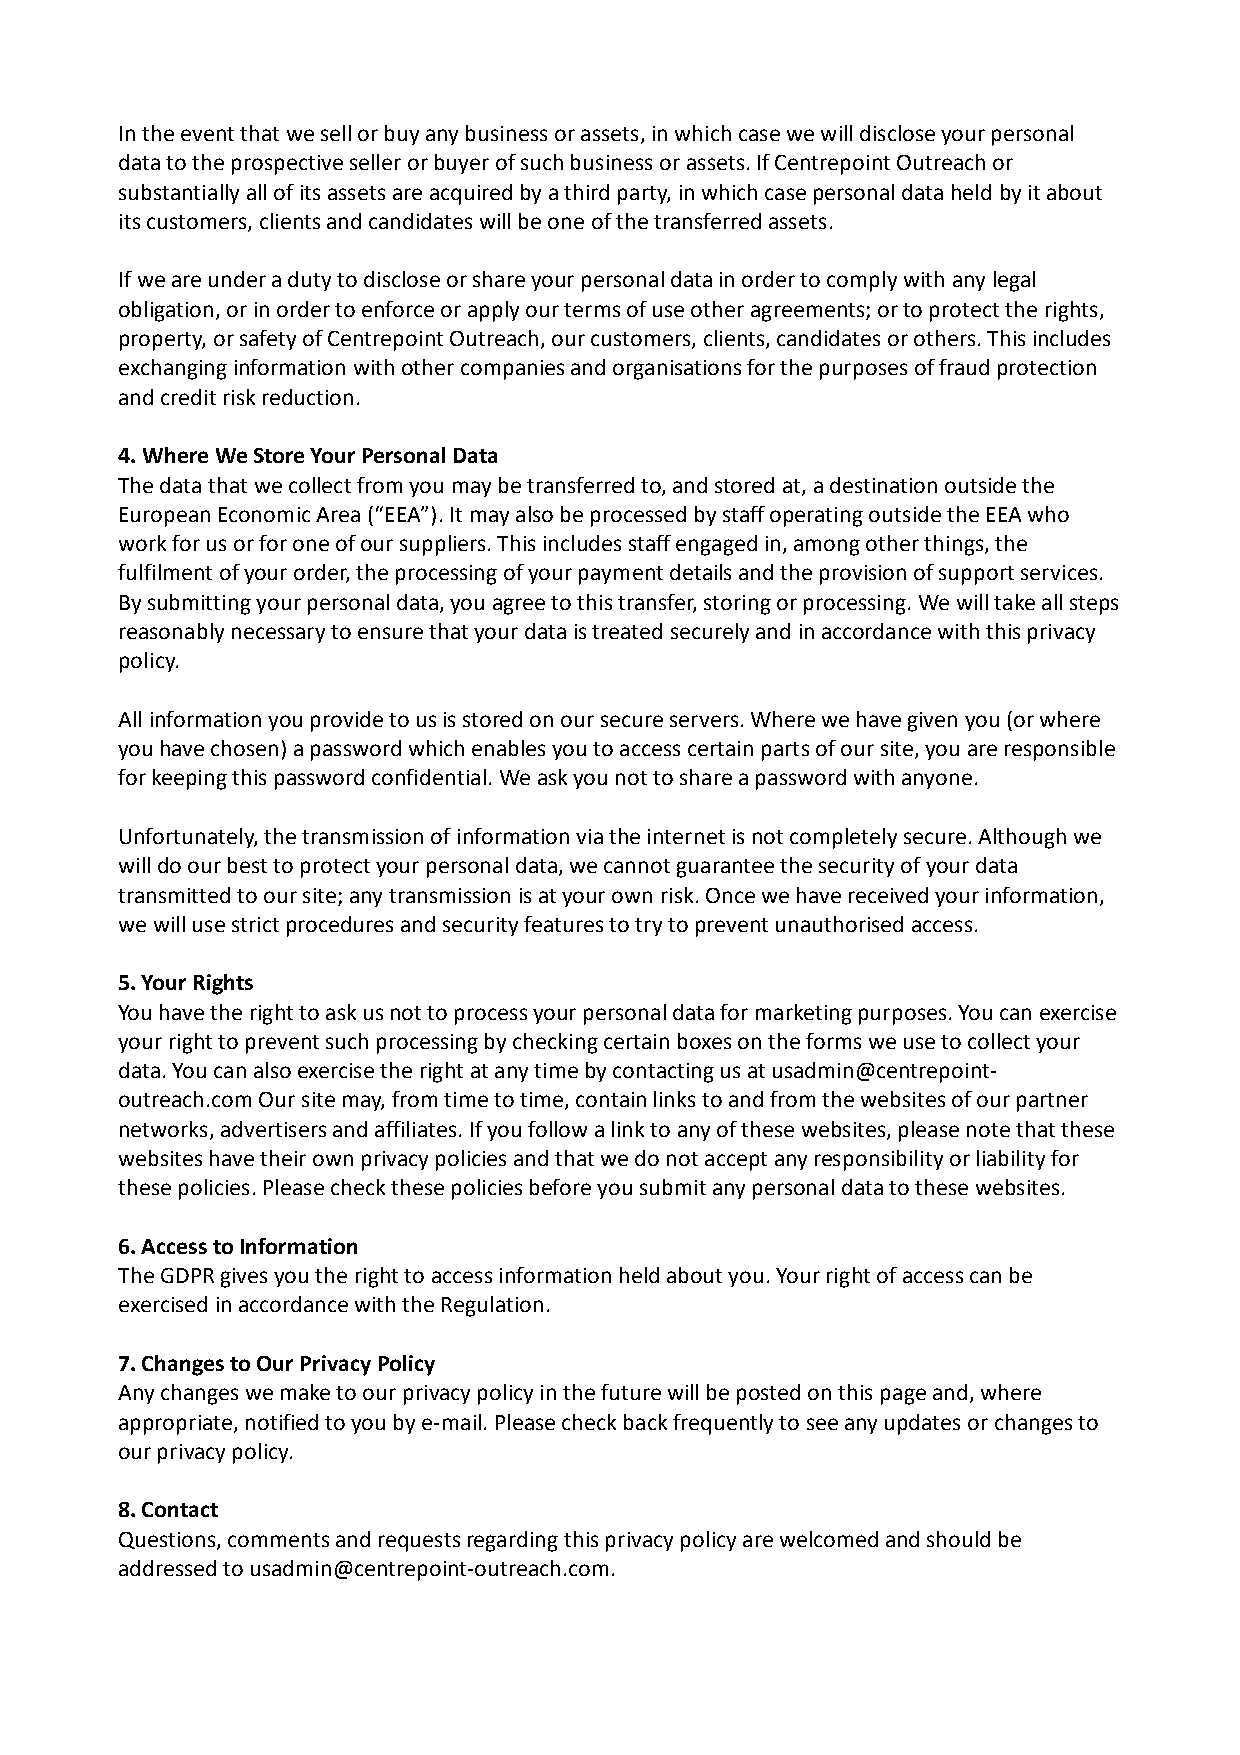
In the event that we sell or buy any business or assets, in which case we will disclose your personal
 data to the prospective seller or buyer of such business or assets. If Centrepoint Outreach or
 substantially all of its assets are acquired by a third party, in which case personal data held by it about
 its customers, clients and candidates will be one of the transferred assets.
 If we are under a duty to disclose or share your personal data in order to comply with any legal
 obligation, or in order to enforce or apply our terms of use other agreements; or to protect the rights,
 property, or safety of Centrepoint Outreach, our customers, clients, candidates or others. This includes
 exchanging information with other companies and organisations for the purposes of fraud protection
 and credit risk reduction.
 4. Where We Store Your Personal Data
 The data that we collect from you may be transferred to, and stored at, a destination outside the
 European Economic Area (“EEA”). It may also be processed by staff operating outside the EEA who
 work for us or for one of our suppliers. This includes staff engaged in, among other things, the
 fulfilment of your order, the processing of your payment details and the provision of support services.
 By submitting your personal data, you agree to this transfer, storing or processing. We will take all steps
 reasonably necessary to ensure that your data is treated securely and in accordance with this privacy
 policy.
 All information you provide to us is stored on our secure servers. Where we have given you (or where
 you have chosen) a password which enables you to access certain parts of our site, you are responsible
 for keeping this password confidential. We ask you not to share a password with anyone.
 Unfortunately, the transmission of information via the internet is not completely secure. Although we
 will do our best to protect your personal data, we cannot guarantee the security of your data
 transmitted to our site; any transmission is at your own risk. Once we have received your information,
 we will use strict procedures and security features to try to prevent unauthorised access.
 5. Your Rights
 You have the right to ask us not to process your personal data for marketing purposes. You can exercise
 your right to prevent such processing by checking certain boxes on the forms we use to collect your
 data. You can also exercise the right at any time by contacting us at usadmin@centrepoint-
 outreach.com Our site may, from time to time, contain links to and from the websites of our partner
 networks, advertisers and affiliates. If you follow a link to any of these websites, please note that these
 websites have their own privacy policies and that we do not accept any responsibility or liability for
 these policies. Please check these policies before you submit any personal data to these websites.
 6. Access to Information
 The GDPR gives you the right to access information held about you. Your right of access can be
 exercised in accordance with the Regulation.
 7. Changes to Our Privacy Policy
 Any changes we make to our privacy policy in the future will be posted on this page and, where
 appropriate, notified to you by e-mail. Please check back frequently to see any updates or changes to
 our privacy policy.
 8. Contact
 Questions, comments and requests regarding this privacy policy are welcomed and should be
 addressed to usadmin@centrepoint-outreach.com.